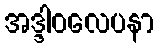
အဒ္ဒါဝလေပနာ